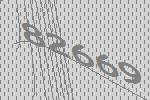
82669